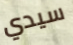
سيدي